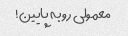
معمولی رو به پایین!